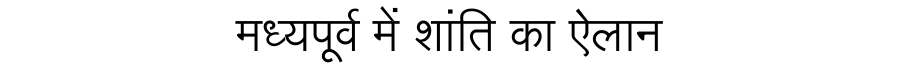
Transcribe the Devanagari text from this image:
मध्यपूर्व में शांति का ऐलान